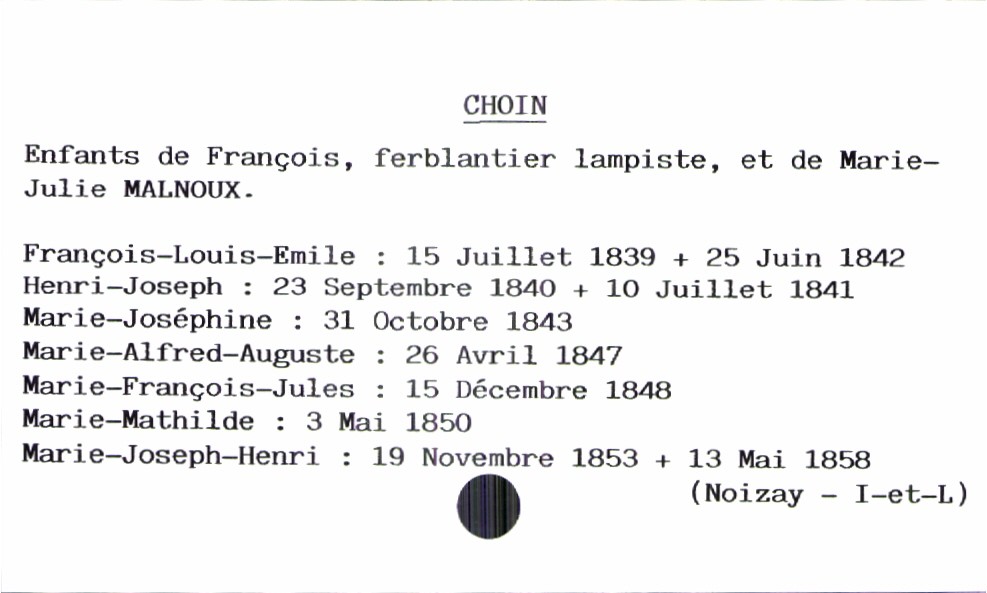
type_acte: Baptême
filiation: fils
enfant_prénom: Marie-Joseph-Henri
enfant_date_de_naissance: 19 novembre 1853
enfant_date_de_décès: 13 mai 1858
enfant_lieu_de_décès: Noizay (Indre-et-Loire)
père_enfant_nom: Choin
père_enfant_prénom: François
père_enfant_profession: ferblantier lampiste
mère_enfant_nom: Malnoux
mère_enfant_prénom: Marie-Julie